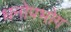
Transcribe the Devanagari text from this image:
धनोपभोग